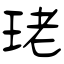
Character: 珯